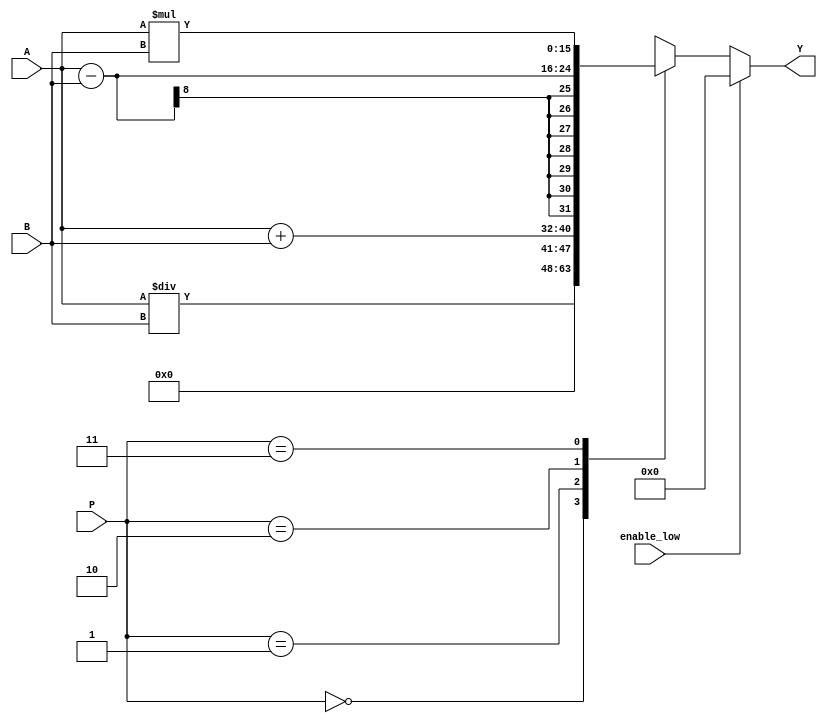
// Code your design here
module mux4to1(output reg  [15:0]Y,input [7:0]A,B,input [1:0]P,input enable_low);
  always@(A,B,P,enable_low)begin 
    if(enable_low==0) begin
    case(P)  // p1 p0 from opcode as selction lines
      2'b00:begin Y=A/B; end // division performed here for opcode 0001
      2'b01:begin Y=A+B; end // addition done here for opcode 0010
      2'b10:begin Y=A-B; end // subtraction done here for opcode 0011
      2'b11:begin Y=A*B; end // multiplication done here for opcode 0100
default : begin Y=16'bz; end      
    endcase
    end
    else begin
	Y=0;
	end
  end
endmodule